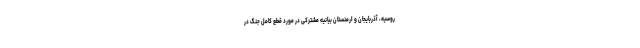
روسیه، آذربایجان و ارمنستان بیانیه مشترکی در مورد قطع کامل جنگ در